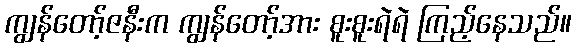
ကျွန်တော့်ဇနီးက ကျွန်တော့်အား စူးစူးရဲရဲ ကြည့်နေသည်။